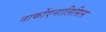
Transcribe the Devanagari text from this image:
नार्कोएनालिसिस